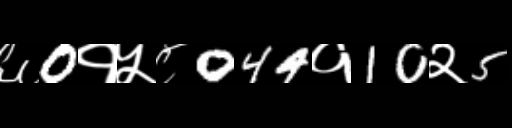
Text: ६0१५८044१10२5